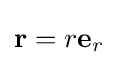
\mathbf {r} =r\mathbf {e} _{r}